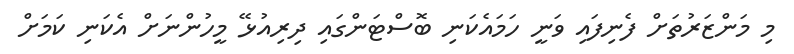
މި މަންޒަރުތަށް ފެނިފައި ވަނީ ހަމައެކަނި ބޮސްޓަންގައި ދިރިއުޅޭ މީހުންނަށް އެކަނި ކަމަށް